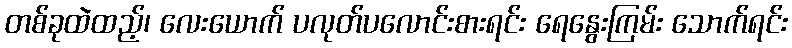
တစ်ခုထဲထည့်၊ လေးယောက် ပလုတ်ပလောင်းစားရင်း ရေနွေးကြမ်း သောက်ရင်း